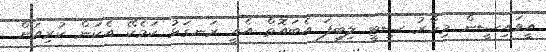
އީވައިސީން މިހާރު ސިޓީ ލިބިފަ އެބައޮތް އެއީ ރަނގަޅު ކަމެކޭ އެކަން ކުރިއަށް